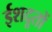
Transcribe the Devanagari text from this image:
ईशदूतों